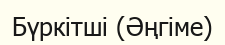
Бүркітші (Әңгіме)